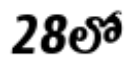
28లో